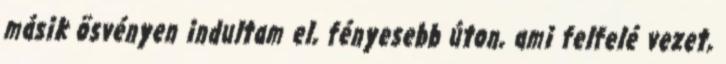
másik ösvényen indultam el, fényesebb úton, ami felfelé vezet,